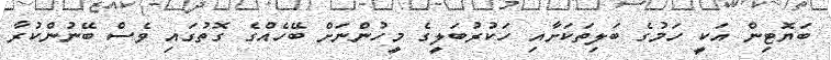
ބަޔޮޓިން އަކީ ހަމުގެ ބަލިތަކަށާއި ހަކުރުބަލީގެ މީހުންނަށް ބޭހެއްގެ ގޮތުގައި ވެސް ބޭނުންކުރާ